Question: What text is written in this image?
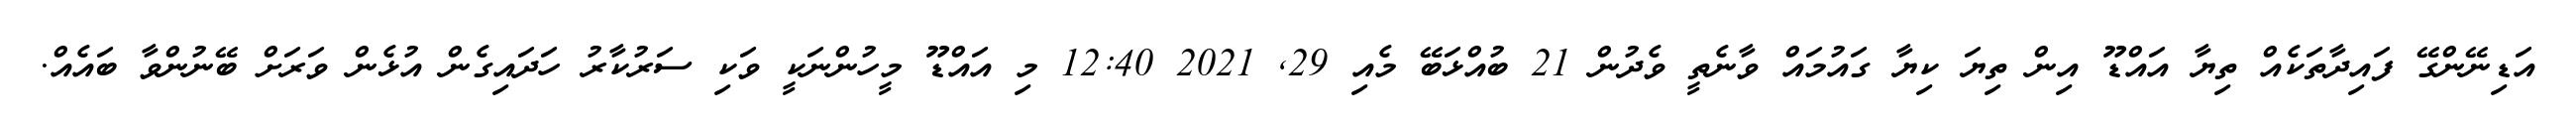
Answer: އަޑިނޭންގޭ ފައިދާތަކެއް ތިޔާ އައްޑޫ އިން ތިޔަ ކިޔާ ގައުމައް ވާނެތީ ވެދުން 21 ބުއްޅަބޭ މެއި 29, 2021 12:40 މި އައްޑޫ މީހުންނަކީ ވަކި ސަރުކާރު ހަދައިގެން އުޅެން ވަރަށް ބޭނުންވާ ބައެއް.